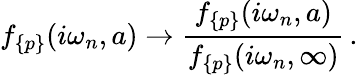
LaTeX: f_{\{ p\} }(i\omega_{n},a)\to\frac{f_{\{ p\} }(i\omega_{n},a)}{f_{\{ p\} }(i\omega_{n},\infty)}\, {.}